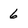
Character: 6